Civil Veterinary Department Bihar & Orissa reports 1922-29 - 1922-1929
Year: 1922
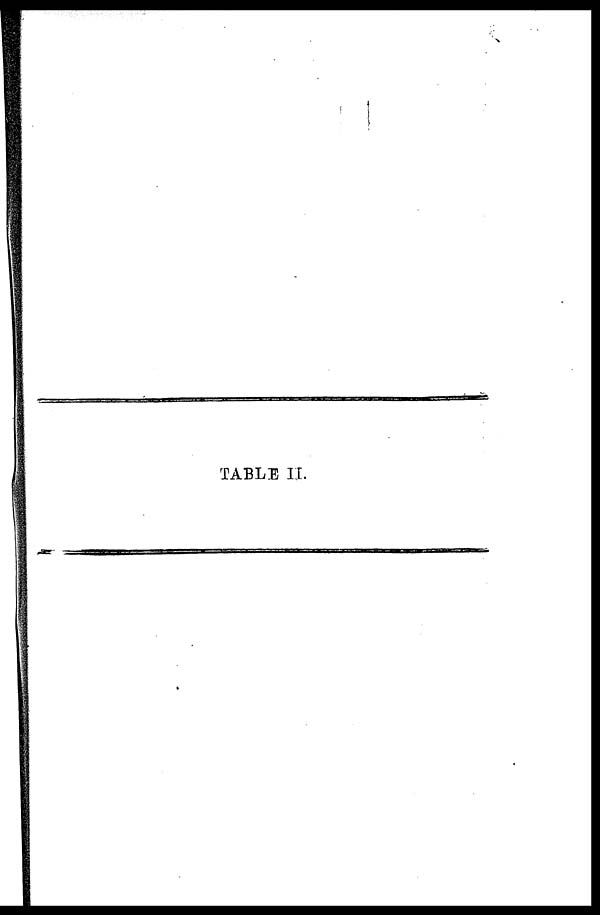
TABLE II.